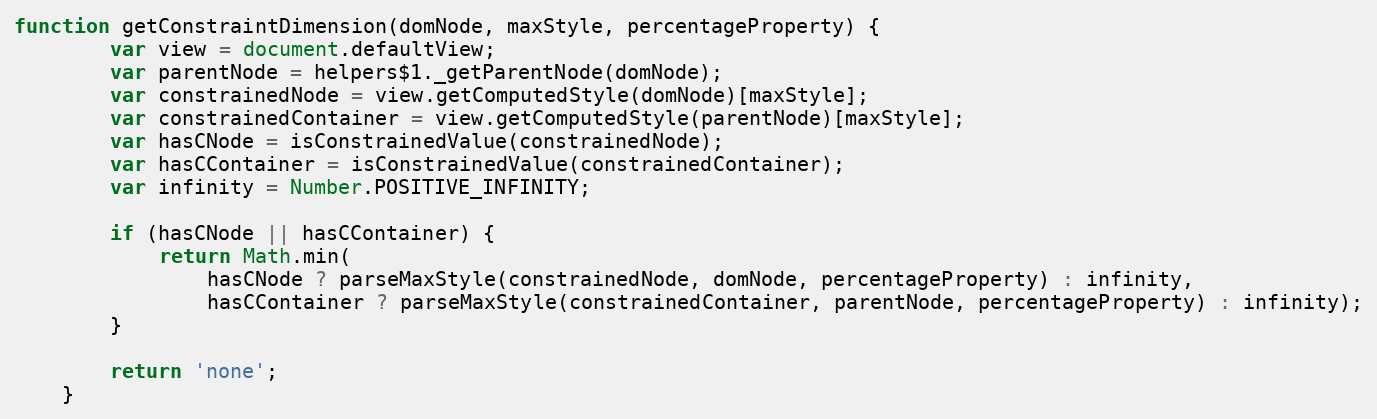
Language: JavaScript
function getConstraintDimension(domNode, maxStyle, percentageProperty) {
		var view = document.defaultView;
		var parentNode = helpers$1._getParentNode(domNode);
		var constrainedNode = view.getComputedStyle(domNode)[maxStyle];
		var constrainedContainer = view.getComputedStyle(parentNode)[maxStyle];
		var hasCNode = isConstrainedValue(constrainedNode);
		var hasCContainer = isConstrainedValue(constrainedContainer);
		var infinity = Number.POSITIVE_INFINITY;

		if (hasCNode || hasCContainer) {
			return Math.min(
				hasCNode ? parseMaxStyle(constrainedNode, domNode, percentageProperty) : infinity,
				hasCContainer ? parseMaxStyle(constrainedContainer, parentNode, percentageProperty) : infinity);
		}

		return 'none';
	}